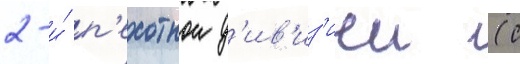
2-и́ п'ехотнои д'ив'из'иеи (с